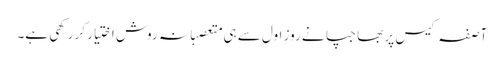
آصفہ کیس پر بھاجپا نے روزِ اول سے ہی متعصبانہ روش اختیار کر رکھی ہے۔